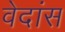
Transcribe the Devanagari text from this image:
वेदांस